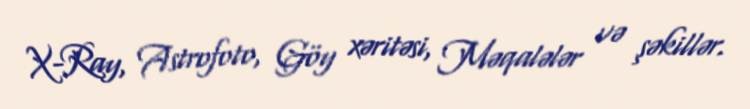
X-Ray, Astrofoto, Göy xəritəsi, Məqalələr və şəkillər.